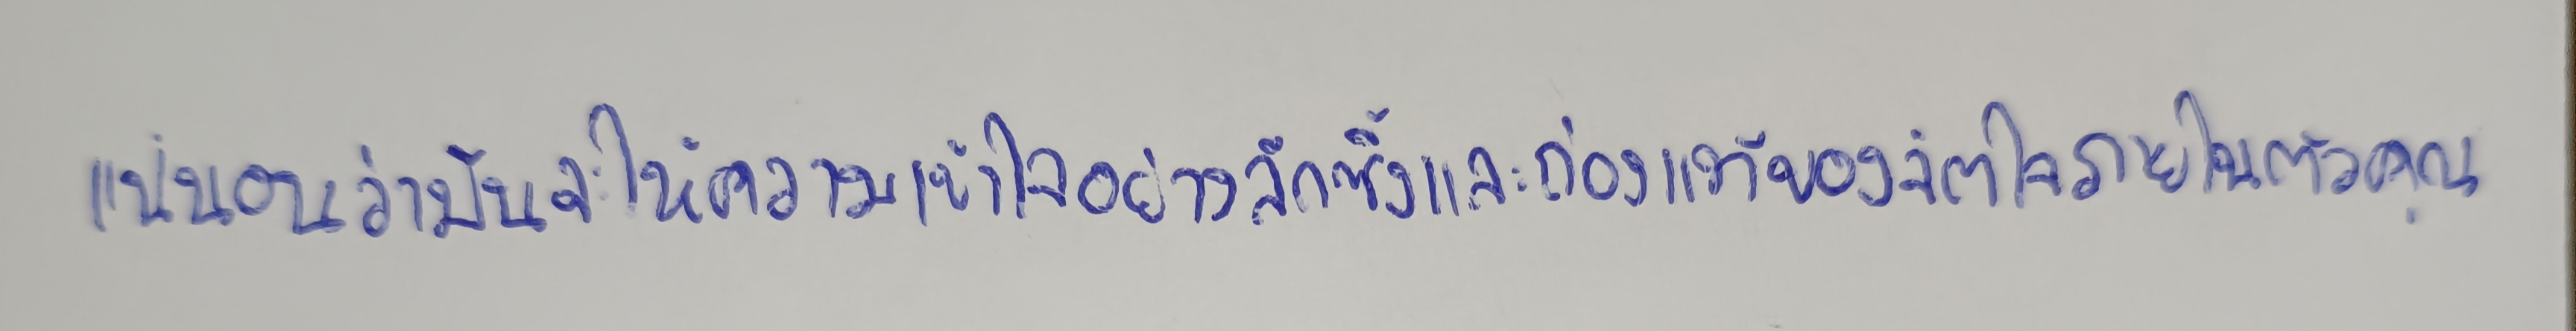
แน่นอนว่ามันจะให้ความเข้าใจอย่างลึกซึ้งและถ่องแท้ของจิตใจภายในตัวคุณ